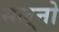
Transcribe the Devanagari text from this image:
सलूनो